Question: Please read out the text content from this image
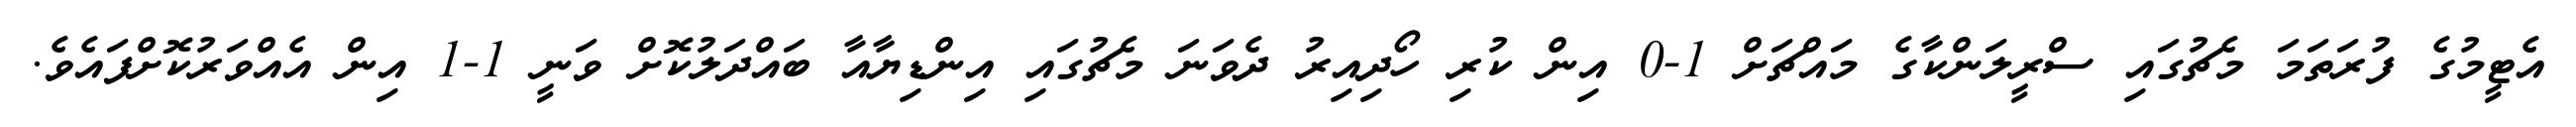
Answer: އެޓީމުގެ ފުރަތަމަ މެޗުގައި ސްރީލަންކާގެ މައްޗަށް 1-0 އިން ކުރި ހޯދިއިރު ދެވަނަ މެޗުގައި އިންޑިޔާއާ ބައްދަލުކޮށް ވަނީ 1-1 އިން އެއްވަރުކޮށްފައެވެ.